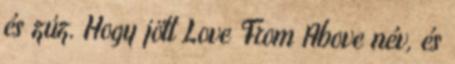
és zúz. Hogy jött Love From Above név, és